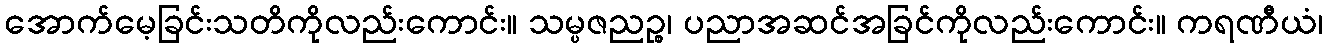
အောက်မေ့ခြင်းသတိကိုလည်းကောင်း။ သမ္ပဇညဉ္စ၊ ပညာအဆင်အခြင်ကိုလည်းကောင်း။ ကရဏီယံ၊